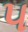
૫